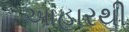
આહારથી